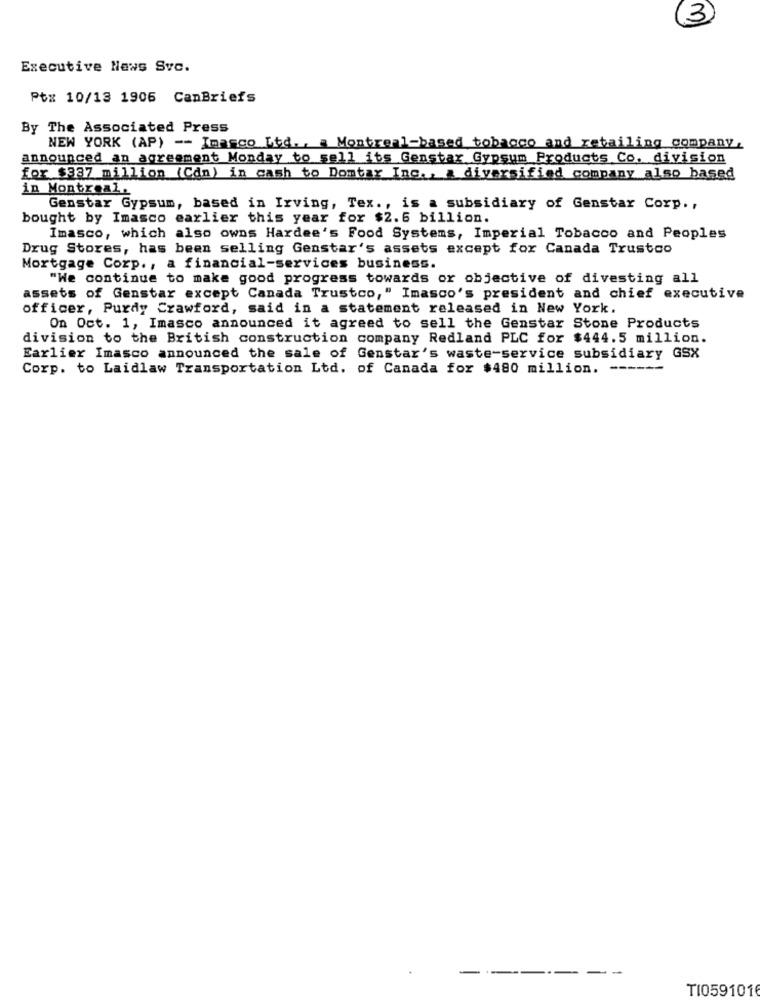
13
Executive News Svc.
Ptx 10/13 1906 CanBriefs
By The Associated Press
NEW YORK (AP) -- Imagco Ltd ., a Montreal-based tobacco and retailing company,
announced an agreement Monday to sell its Genstar Gypsum Products Co. division
for $337 million (Can) in cash to Domtar Inc ., a diversified company also based
in Montreal.
Genstar Gypsum, based in Irving, Tex ., is a subsidiary of Genstar Corp .,
bought by Imasco earlier this year for $2.6 billion.
Imasco, which also owns Hardee's Food Systems, Imperial Tobacco and Peoples
Drug Stores, has been selling Genstar's assets except for Canada Trustco
Mortgage Corp ., a financial-services business.
"We continue to make good progress towards or objective of divesting all
assets of Genstar except Canada Trustco," Imasco's president and chief executive
officer, Purdy Crawford, said in a statement released in New York.
On Oct. 1, Imasco announced it agreed to sell the Genstar Stone Products
division to the British construction company Redland PLC for $444.5 million.
Earlier Imasco announced the sale of Genstar's waste-service subsidiary GSX
Corp. to Laidlaw Transportation Ltd. of Canada for $480 million. ------
------
-
TI0591016